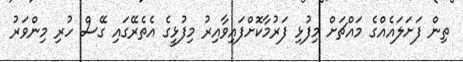
ތިން ފަށަލައެއްގެ މައްޗަށް މިފުޅި ފަރުމާކޮށްފައިވާއިރު މިފުޅީގެ އެތެރޭގައި ގޭސް ހުރި މިންވަރު